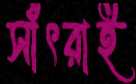
সাঁৎরাই